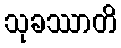
သုခဿာတိ